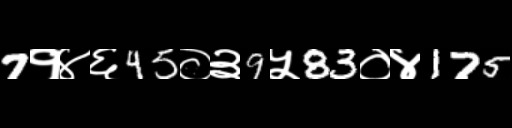
Text: 7१४६45०३9५83०४175